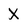
Character: X